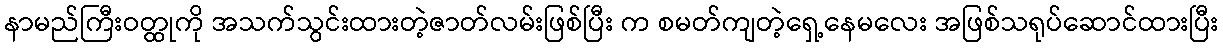
နာမည်ကြီးဝတ္ထုကို အသက်သွင်းထားတဲ့ဇာတ်လမ်းဖြစ်ပြီး က စမတ်ကျတဲ့ရှေ့နေမလေး အဖြစ်သရုပ်ဆောင်ထားပြီး